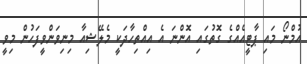
އުމްނޯ މައި ޕާޓީއެއްގެ ގޮތުގައި އޮންނަ އެ އިއްތިހާދަކީ މެލޭޝިއާ މިނިވަންވީފަހުން މިވީ